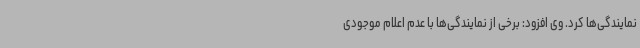
نمایندگی‌ها کرد. وی افزود: برخی از نمایندگی‌ها با عدم اعلام موجودی